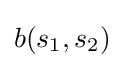
b(s_{1},s_{2})